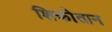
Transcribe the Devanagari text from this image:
शिकोतान